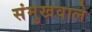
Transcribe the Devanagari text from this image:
संमुखवाले